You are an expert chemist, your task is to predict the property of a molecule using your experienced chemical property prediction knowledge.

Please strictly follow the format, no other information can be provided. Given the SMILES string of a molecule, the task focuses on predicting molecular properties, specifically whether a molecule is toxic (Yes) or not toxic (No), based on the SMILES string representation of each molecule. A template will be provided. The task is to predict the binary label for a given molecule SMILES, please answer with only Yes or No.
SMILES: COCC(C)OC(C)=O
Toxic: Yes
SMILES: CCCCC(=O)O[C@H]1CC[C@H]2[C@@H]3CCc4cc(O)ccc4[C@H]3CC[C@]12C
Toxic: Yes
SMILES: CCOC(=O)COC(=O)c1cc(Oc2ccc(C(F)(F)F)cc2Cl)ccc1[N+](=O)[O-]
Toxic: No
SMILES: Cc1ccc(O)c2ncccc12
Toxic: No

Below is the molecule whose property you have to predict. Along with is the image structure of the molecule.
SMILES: O=C(Nc1ccc(Br)cc1)c1cc(Br)c(Br)s1
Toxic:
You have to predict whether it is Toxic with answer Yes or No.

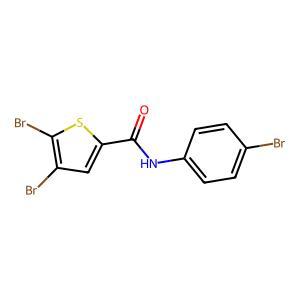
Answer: No